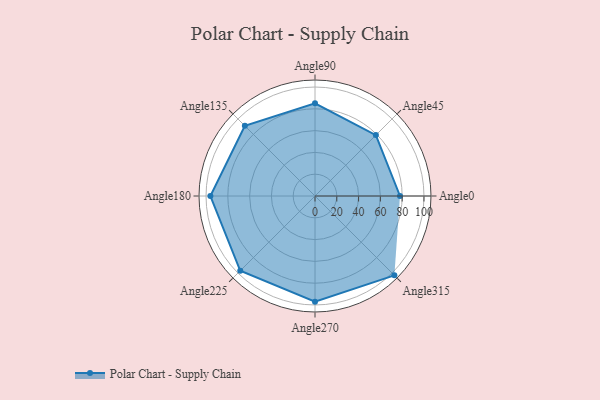
{"axis": {"x": "Angle", "y": "Radius"}, "legend": [""], "data": [{"x": "Angle0", "y": 78.0, "type": ""}, {"x": "Angle45", "y": 79.0, "type": ""}, {"x": "Angle90", "y": 85.0, "type": ""}, {"x": "Angle135", "y": 91.0, "type": ""}, {"x": "Angle180", "y": 96.0, "type": ""}, {"x": "Angle225", "y": 97.0, "type": ""}, {"x": "Angle270", "y": 97.0, "type": ""}, {"x": "Angle315", "y": 103.0, "type": ""}]}